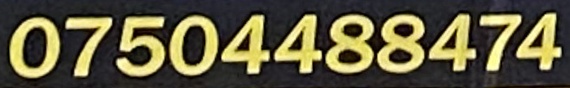
07504488474